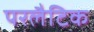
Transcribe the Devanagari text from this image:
परलैटिक